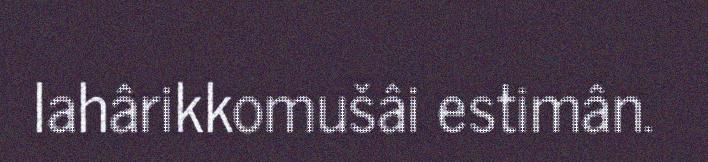
lahârikkomušâi estimân.